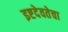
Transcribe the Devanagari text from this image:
इष्टदेवतेचा